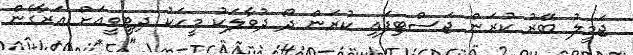
ޖަމީލު ބޭރު ކުރަން ޖަސްޓިފައި ކުރަން ދޯ ދުވާލަކު މީހަކު ދިޓީވީއަށް އަރާގެން